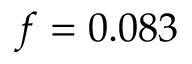
\mathnormal { f } = 0 . 0 8 3